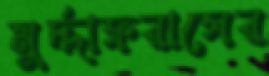
মুর্দ্দাফরাসের